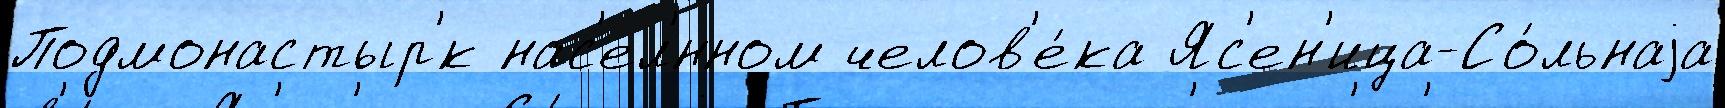
Подмонастыр'́к нас'ел'́нном челов'е́ка Яс'ен'ица-Со́льнаjа